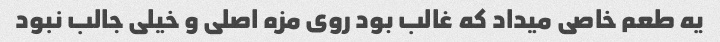
یه طعم خاصی میداد که غالب بود روی مزه اصلی و خیلی جالب نبود